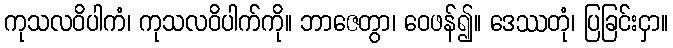
ကုသလဝိပါကံ၊ ကုသလဝိပါက်ကို။ ဘာဇေတွာ၊ ဝေဖန်၍။ ဒေဿတုံ၊ ပြခြင်းငှာ။